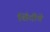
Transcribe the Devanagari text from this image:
शिंदीचे